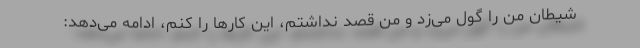
شیطان من را گول می‌زد و من قصد نداشتم، این کارها را کنم، ادامه می‌دهد: